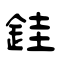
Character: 銈